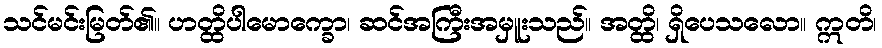
သင်မင်းမြတ်၏။ ဟတ္ထိပါမောက္ခော၊ ဆင်အကြီးအမှူးသည်။ အတ္ထိ၊ ရှိပေသလော။ ဣတိ၊